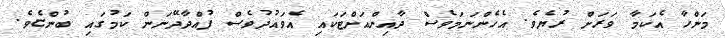
މަންހާ އެކަމާ ވަރަށް ރުޔެވެ. އެހެންނަމަވެސް ދާއިންއަށްޓަކައި އެވައުދުވެސް ފުއްދާދޭނަން ކަމުގައި ބުންޏެވެ.